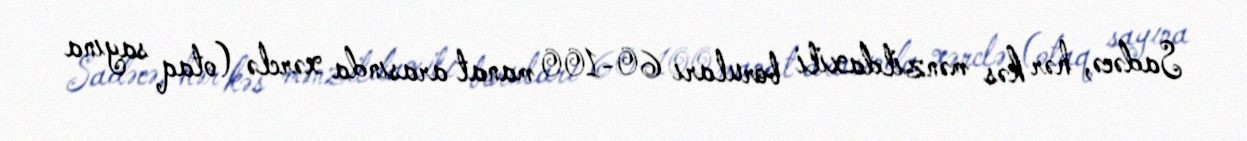
Sadəcə, hər kəs mənzildaxili boruları 60-100 manat arasında xərclə (otaq sayına